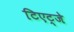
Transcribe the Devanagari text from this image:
टिएट्जे